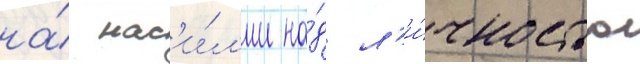
на́ нас'и́л'ии на́д л'и́чностью